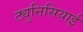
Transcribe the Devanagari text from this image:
ट्युनिसियाई